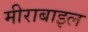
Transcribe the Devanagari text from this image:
मीराबाइल